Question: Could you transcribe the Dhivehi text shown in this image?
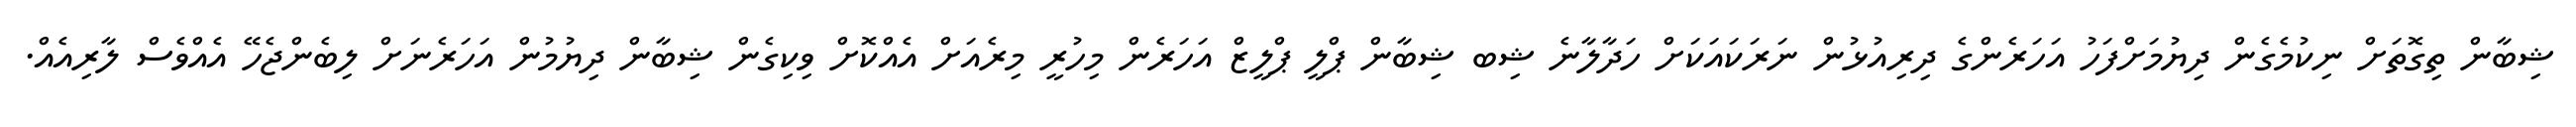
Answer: ޝިބާން ތިގޮތަށް ނިކުމެގެން ދިޔުމަށްފަހު އަހަރެންގެ ދިރިއުޅުން ނަރަކައަކަށް ހަދާލާނެ ޝިބ ޝިބާން ޕްލީ ޕްލީޒް އަހަރެން މިހުރީ މިރެއަށް އެއްކޮށް ވިކިގެން ޝިބާން ދިޔުމުން އަހަރެނަށް ލިބެންޖެހޭ އެއްވެސް ލާރިއެއް.